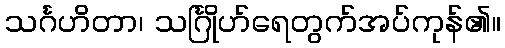
သင်္ဂဟိတာ၊ သင်္ဂြိုဟ်ရေတွက်အပ်ကုန်၏။